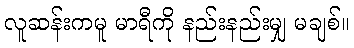
လူဆန်းကမူ မာရီကို နည်းနည်းမျှ မချစ်။